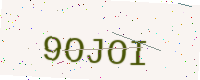
Text: 9OJOI